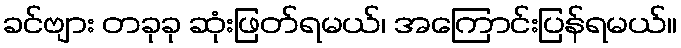
ခင်ဗျား တခုခု ဆုံးဖြတ်ရမယ်၊ အကြောင်းပြန်ရမယ်။